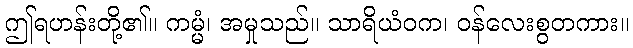
ဤရဟန်းတို့၏။ ကမ္မံ၊ အမှုသည်။ သာရိယံဝက၊ ဝန်လေးစွတကား။